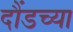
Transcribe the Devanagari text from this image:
दौंडच्या